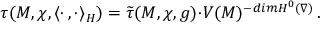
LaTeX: \tau ( M , \chi , \langle \cdot \, , \cdot \rangle _ { H } ) = \widetilde { \tau } ( M , \chi , g ) { \cdot } V ( M ) ^ { - d i m H ^ { 0 } ( \nabla ) } \, .